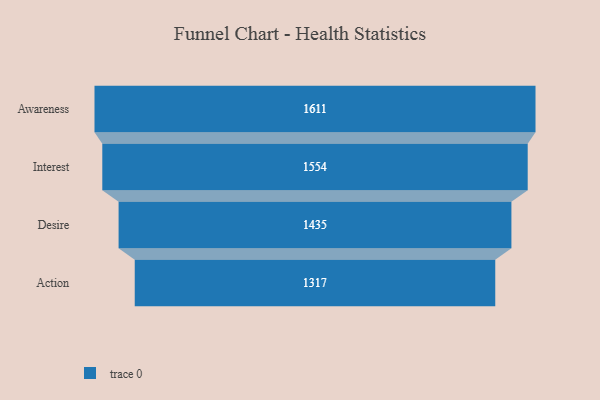
{"axis": {"x": "Stage", "y": "Value"}, "legend": [""], "data": [{"x": "Awareness", "y": 1611.0, "type": ""}, {"x": "Interest", "y": 1554.0, "type": ""}, {"x": "Desire", "y": 1435.0, "type": ""}, {"x": "Action", "y": 1317.0, "type": ""}]}